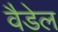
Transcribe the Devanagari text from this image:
वैडेल